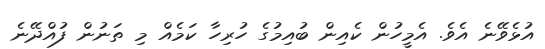
އުޅެވޭނެ އެވެ. އެމީހުން ކެއިން ބުއިމުގެ ހުރިހާ ކަމެއް މި ތަނުން ފުއްދޭނެ